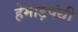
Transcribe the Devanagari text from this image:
हेमाड़पंथी